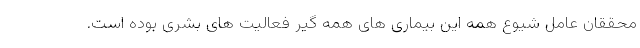
محققان عامل شیوع همه این بیماری های همه گیر فعالیت های بشری بوده است.